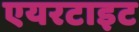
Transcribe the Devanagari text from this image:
एयरटाइट